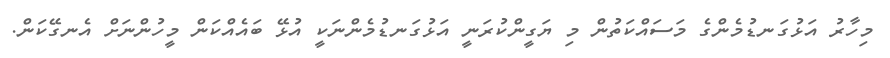
މިހާރު އަޅުގަނޑުމެންގެ މަސައްކަތުން މި ޔަގީންކުރަނީ އަޅުގަނޑުމެންނަކީ އުޅޭ ބައެއްކަން މީހުންނަށް އެނގޭކަން.